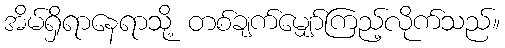
အိမ်ရှိရာနေရာသို့ တစ်ချက်မျှော်ကြည့်လိုက်သည်။